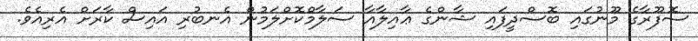
ސޮފޫރާގެ މޫނުގައި ބޮސްދީފައި ޝާންގެ ޢާއިލާއާ ސަލާމްކޮށްލަމުން އެނބުރި އައިސް ކާރަށް އެރިއެވެ.